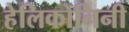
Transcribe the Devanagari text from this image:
हेलिकोनिनी